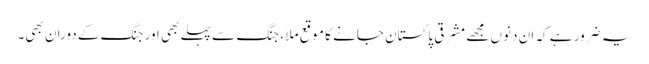
یہ ضرور ہے کہ ان دنوں مجھے مشرقی پاکستان جانے کا موقع ملا ، جنگ سے پہلے بھی اور جنگ کے دوران بھی۔